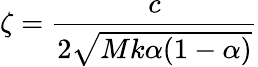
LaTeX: \zeta=\frac{c}{2\sqrt{Mk\alpha(1-\alpha)}}